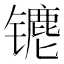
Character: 𰿁